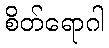
စိတ်ရောဂါ